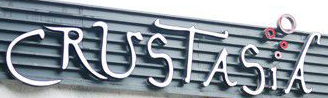
CRUSTASiA